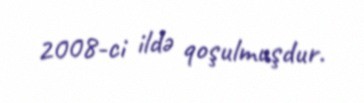
2008-ci ildə qoşulmuşdur.